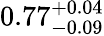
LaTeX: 0.77_{-0.09}^{+0.04}